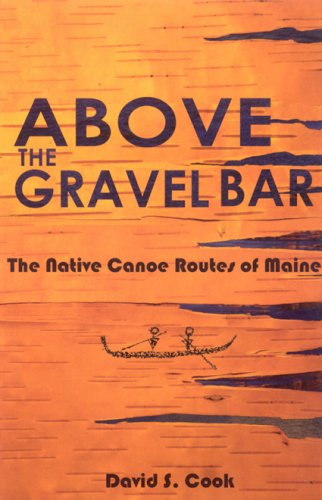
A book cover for Above the Gravel Bar: The Native Canoe Routes of Maine; David S. Cook; Travel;